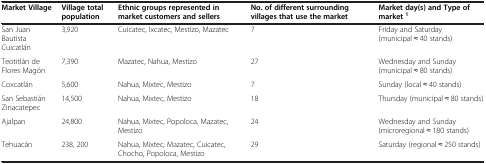
<table><thead><tr><td><b>Market Village</b></td><td><b>Village total population</b></td><td><b>Ethnic groups represented in market customers and sellers</b></td><td><b>No. of different surrounding villages that use the market</b></td><td><b>Market day(s) and Type of market<sup>1</sup></b></td></tr></thead><tbody><tr><td>San Juan Bautista Cuicatlán</td><td>3,920</td><td>Cuicatec, Ixcatec, Mestizo, Mazatec</td><td>7</td><td>Friday and Saturday (municipal ≈ 40 stands)</td></tr><tr><td>Teotitlán de Flores Magón</td><td>7,390</td><td>Mazatec, Nahua, Mestizo</td><td>27</td><td>Wednesday and Sunday (municipal ≈ 80 stands)</td></tr><tr><td>Coxcatlán</td><td>5,600</td><td>Nahua, Mixtec, Mestizo</td><td>7</td><td>Sunday (local ≈ 40 stands)</td></tr><tr><td>San Sebastián Zinacatepec</td><td>14,500</td><td>Nahua, Mixtec, Mestizo</td><td>18</td><td>Thursday (municipal ≈ 80 stands)</td></tr><tr><td>Ajalpan</td><td>24,800</td><td>Nahua, Mixtec, Popoloca, Mazatec, Mestizo</td><td>24</td><td>Wednesday and Sunday (microregional ≈ 180 stands)</td></tr><tr><td>Tehuacán</td><td>238, 200</td><td>Nahua, Mixtec, Mazatec, Cuicatec, Chocho, Popoloca, Mestizo</td><td>29</td><td>Saturday (regional ≈ 250 stands)</td></tr></tbody></table>